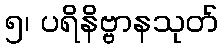
၅၊ ပရိနိဗ္ဗာနသုတ်